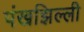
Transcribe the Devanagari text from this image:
पंखझिल्ली